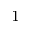
^ { - 1 }